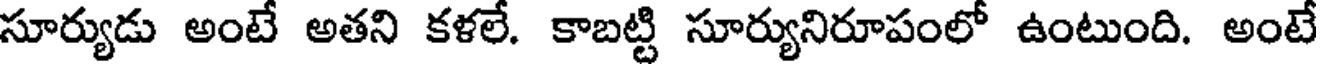
సూర్యుడు అంటే అతని కళలే. కాబట్టి సూర్యునిరూపంలో ఉంటుంది. అంటే